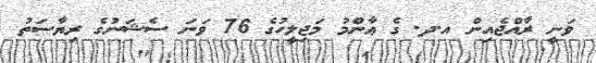
ވަނީ ރާއްޖެއިން އ.ދ. ގެ ޢާންމު މަޖިލީހުގެ 76 ވަނަ ސެޝަނުގެ ރިޔާސަތު